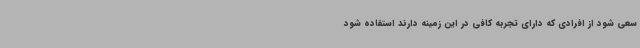
سعی شود از افرادی که دارای تجربه کافی در این زمینه دارند استفاده شود